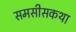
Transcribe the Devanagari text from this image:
समसीसकथा